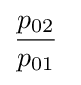
{\frac {p_{02}}{p_{01}}}\